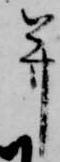
并